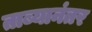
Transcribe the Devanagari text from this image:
ताब्यानंतर